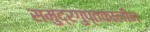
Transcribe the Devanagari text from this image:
समुद्रगुप्तकालीन